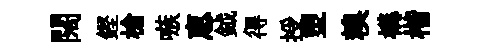
闊鏗槍嗾恵鉞得授塑糗構楷